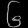
Digit: ၆